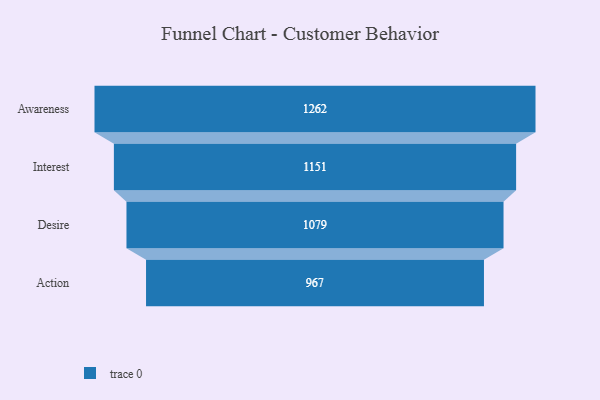
{"axis": {"x": "Stage", "y": "Value"}, "legend": [""], "data": [{"x": "Awareness", "y": 1262.0, "type": ""}, {"x": "Interest", "y": 1151.0, "type": ""}, {"x": "Desire", "y": 1079.0, "type": ""}, {"x": "Action", "y": 967.0, "type": ""}]}